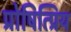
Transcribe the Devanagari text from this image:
प्रोषित्प्रिय